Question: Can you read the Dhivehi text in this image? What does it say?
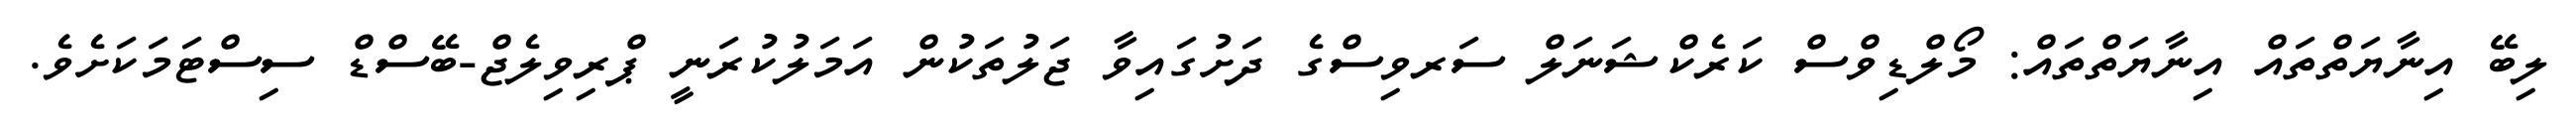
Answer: ލިބޭ އިނާޔަތްތައް އިނާޔަތްތައް: މޯލްޑިވްސް ކަރެކްޝަނަލް ސަރވިސްގެ ދަށުގައިވާ ޖަލުތަކުން އަމަލުކުރަނީ ޕްރިވިލެޖް-ބޭސްޑް ސިސްޓަމަކަށެވެ.